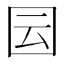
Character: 囩